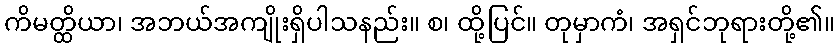
ကိမတ္ထိယာ၊ အဘယ်အကျိုးရှိပါသနည်း။ စ၊ ထို့ပြင်။ တုမှာကံ၊ အရှင်ဘုရားတို့၏။